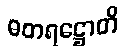
ဓတရဋ္ဌောတိ